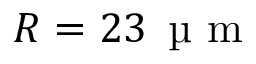
R = 2 3 \, \mathrm { ~ \textmu ~ m ~ }